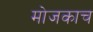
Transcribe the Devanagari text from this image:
मोजकाच